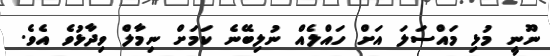
ނޫނީ މުޅި މައްސަލަ އަށް ހައްލެއް ނުލިބޭނެ ކަމަށް ނިމާލް ވިދާޅުވެ އެވެ.